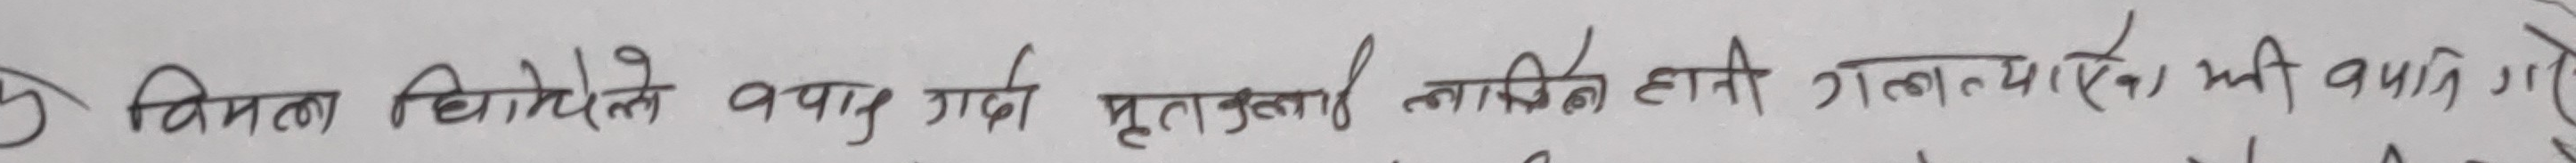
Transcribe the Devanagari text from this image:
के बिमला घिमिरेले अन्याय गर्दा मृतकलाई न्यायको लागि हात्ती गल्याएको भी बाकी रहे